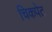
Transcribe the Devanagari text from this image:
चिकपेट